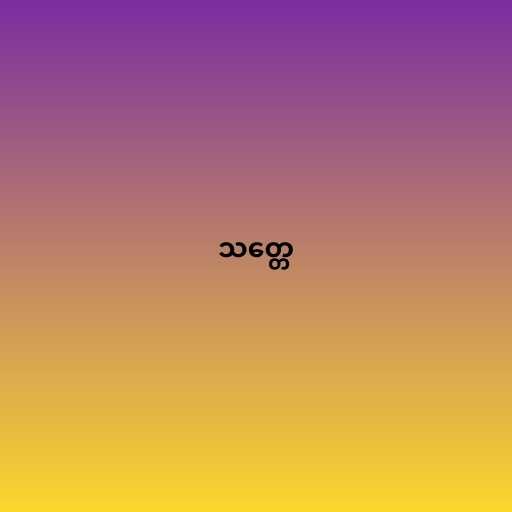
သတ္တေ